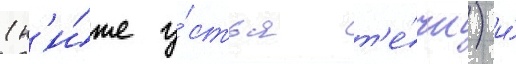
(н'и́же у́стья т'е́чи) и́